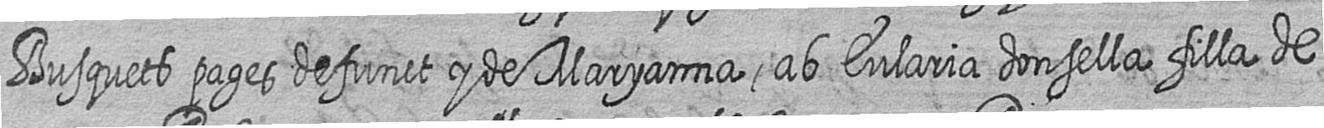
Busquets pages defunct y de Maryanna ab Eularia donsella filla de